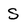
Character: S